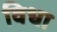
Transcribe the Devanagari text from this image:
विधा